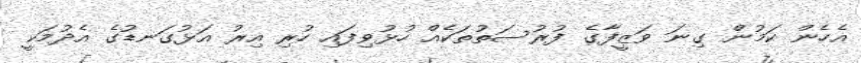
އެހެން ކަމުން ގިނަ ވަޒީފާގެ ފުރުސަތުތަކެއް ހުޅުވިފައި ހުރި އިރު އަޅުގަނޑުގެ އެދުމަކީ